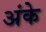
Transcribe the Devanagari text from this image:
अंके